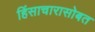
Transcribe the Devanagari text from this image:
हिंसाचारासोबत